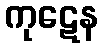
ကုဋေန